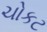
ચોકટ